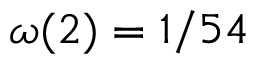
\omega ( 2 ) = 1 / 5 4